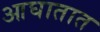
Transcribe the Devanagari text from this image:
आघातात